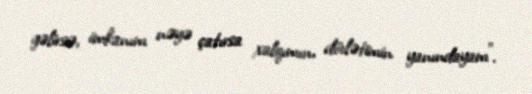
gəlirsə, imkanım nəyə çatırsa xalqımın, dövlətimin yanındayam”.